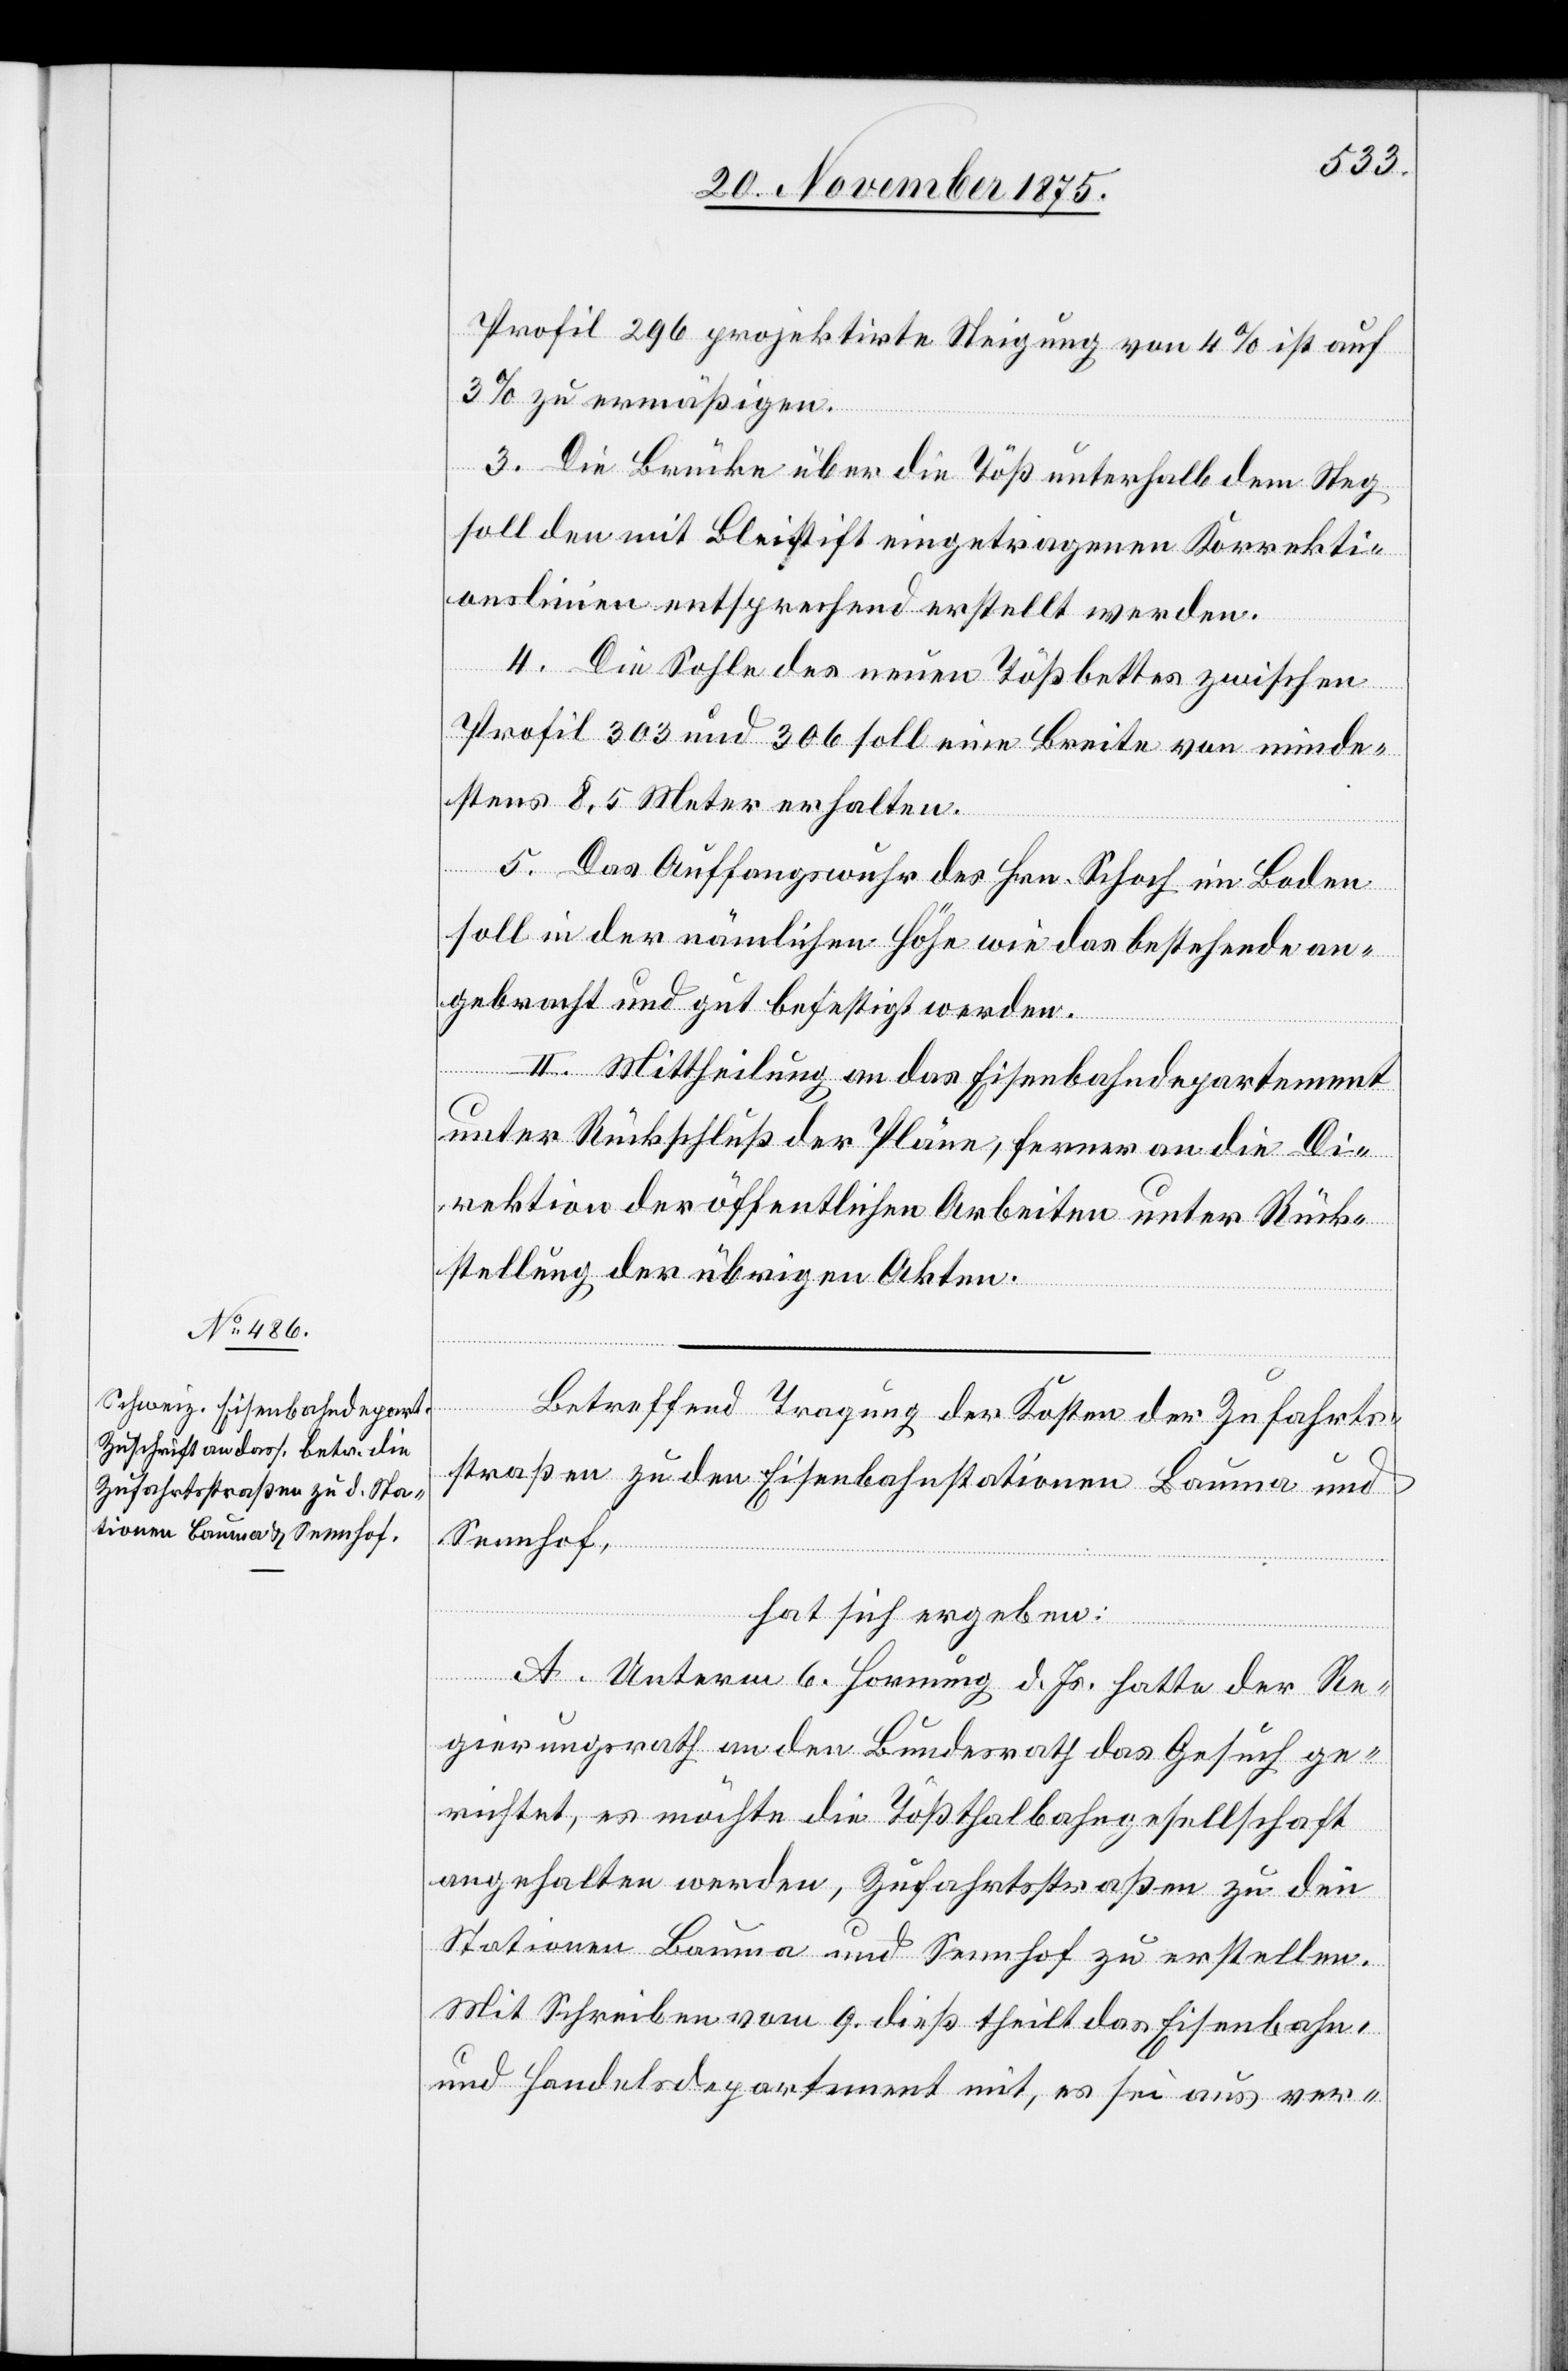
Profil 296 projektirte Steigung von 4% ist auf
3% zu ermäßigen.
3. Die Brücke über die Töß unterhalb dem Steg
soll den mit Bleistift eingetragenen Korrekti¬
onslinien entsprechend erstellt werden.
4. Die Sohle des neuen Tößbettes zwischen
Profil 303 und 306 soll eine Breite von minde¬
stens 8,5 Meter erhalten.
5. Das Auffangswuhr des Hrn. Schoch im Boden
soll in der nämlichen Höhe wie das bestehende an¬
gebracht und gut befestigt werden.
II. Mittheilung an das Eisenbahndepartement
unter Rückschluß der Pläne, ferner an die Di¬
rektion der öffentlichen Arbeiten unter Rück¬
der Akten.
Betreffend Tragung der Kosten der Zufahrts¬
straßen zu den Eisenbahnstationen Bauma und
Sennhof,
hat sich ergeben:
A. Unterm 6. Hornung d. Js. hatte der Re¬
gierungsrath an den Bundesrath das Gesuch ge¬
richtet, es möchte die Tößthalbahngesellschaft
angehalten werden, Zufahrtsstraßen zu den
Stationen Bauma und Sennhof zu erstellen.
Mit Schreiben vom 9. dieß theilt das Eisenbahn-
und Handelsdepartement mit, es sei aus ver-